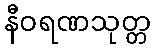
နီဝရဏသုတ္တ